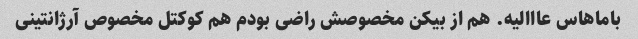
باماهاس عااالیه. هم از بیکن مخصوصش راضی بودم هم کوکتل مخصوص آرژانتینی